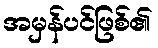
အမှန်ပင်ဖြစ်၏